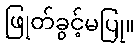
ဖြုတ်ခွင့်မပြု။